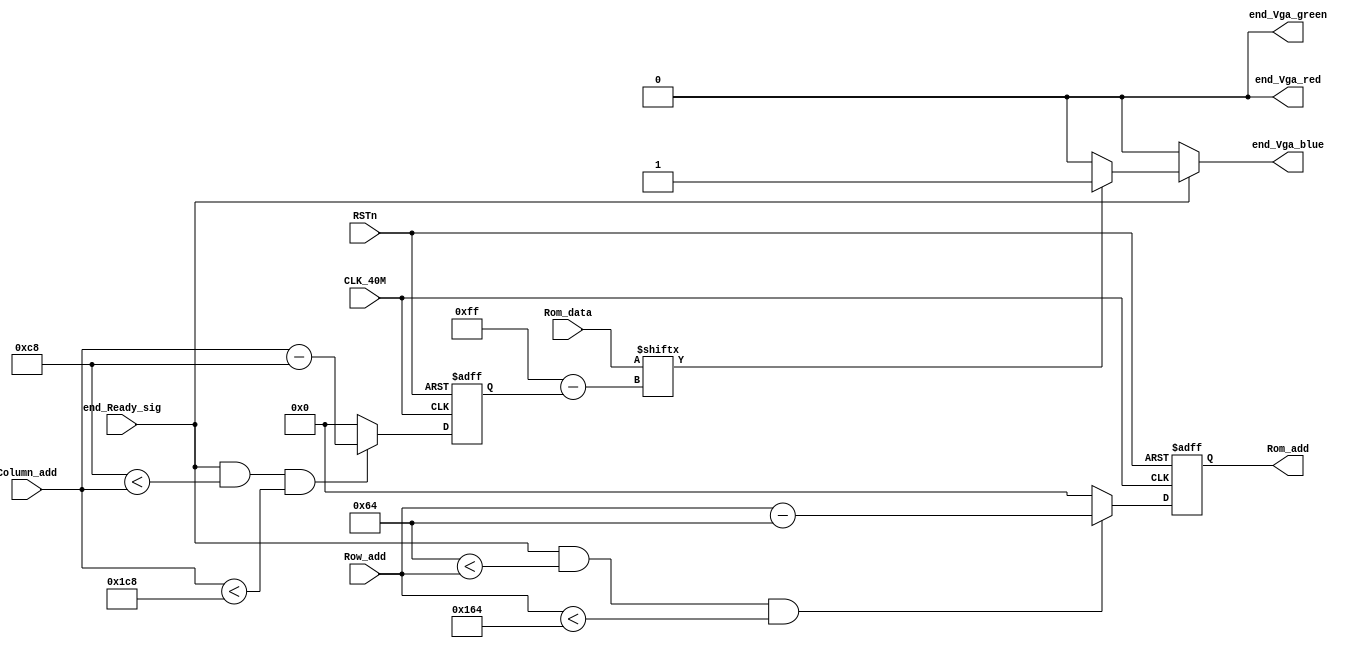
module end_Vga_control		//VGA
(
	input CLK_40M,
	input RSTn,
	input end_Ready_sig,
	
	input [10:0] Row_add,
	input [10:0] Column_add,
	input [255:0] Rom_data,
	output [10:0] Rom_add,
	output end_Vga_red,
	output end_Vga_green,
	output end_Vga_blue
);
	reg [10:0] m;
	reg [10:0] n;
	always @ (posedge CLK_40M or negedge RSTn)
	begin
		if(!RSTn)
			begin
				m <= 11'd 0;
				n <= 11'd 0;
			end
		else
			begin//
				n <= (end_Ready_sig && ((11'd0 + 11'd200) < Column_add ) && (Column_add < (11'd 256 + 11'd200)))?		(Column_add [10:0] - 11'd200	)	:	11'd 0;
				m <= (end_Ready_sig && ((11'd0 + 11'd100) < Row_add ) && (Row_add < (11'd 256 + 11'd100)))?				(Row_add [10:0] - 11'd100		)	:	11'd 0;		
			end	
	end
	
	assign Rom_add = m;
	
	assign end_Vga_red = (end_Ready_sig )?			(		(Rom_data [11'd 255 - n])?		1'b0	:		1'b0		)				:	1'd 0;
	assign end_Vga_green = (end_Ready_sig )?		(		(Rom_data [11'd 255 - n])?		1'b0	:		1'b0		)				:	1'd 0;

	assign end_Vga_blue = (end_Ready_sig )?	(	(Rom_data [11'd 255 - n])?		1'b1		:		1'b0		):	1'b0;
	//****************************!!!!!!!!!!!!!!!!!!!!!!!!!!!!!!!!!!!!!!!!
	
		
endmodule